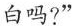
白吗?”